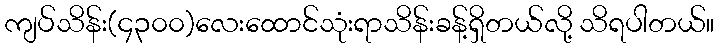
ကျပ်သိန်း(၄၃၀၀)လေးထောင်သုံးရာသိန်းခန့်ရှိတယ်လို့ သိရပါတယ်။